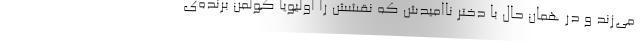
می‌زند و در همان حال با دختر ناامیدش که نقشش را اولیویا کولمن برنده‌ی